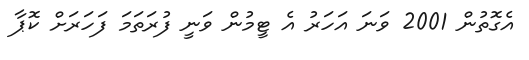
އެގޮތުން 2001 ވަނަ އަހަރު އެ ޓީމުން ވަނީ ފުރަތަމަ ފަހަރަށް ކޮޕާ